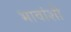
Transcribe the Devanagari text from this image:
भावांशी